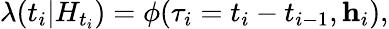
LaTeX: \lambda(t_{i}|H_{t_{i}})=\phi(\tau_{i}=t_{i}-t_{i-1},\textbf{h}_{i}),